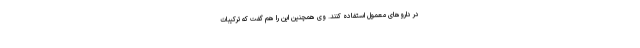
در داروهای معمول استفاده کنند. وی همچنین این را هم گفت که ترکیبات